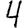
Digit: 4